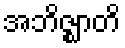
အဘိဇ္ဈာတိ